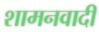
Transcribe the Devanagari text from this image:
शामनवादी